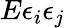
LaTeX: E\epsilon_{i}\epsilon_{j}